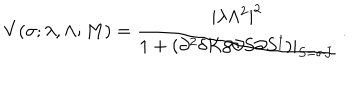
V ( \sigma ; \lambda , \Lambda ; M ) = \frac { | \lambda \Lambda ^ { 2 } | ^ { 2 } } { 1 + \left. \left( \partial ^ { 2 } \delta K / \partial S \partial S ^ { \dagger } \right) \right| _ { S = \sigma J } } \ .